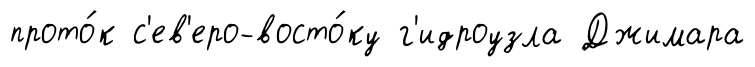
прото́к с'ев'еро-восто́ку г'идроузла Джимара